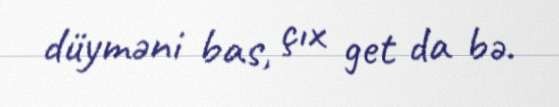
düyməni bas, çıx get da bə.